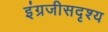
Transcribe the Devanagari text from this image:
इंग्रजीसदृश्य